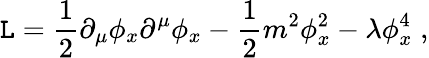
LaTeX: {\cal\mathtt{L}}={\frac{{1}}{{2}}}\partial_{\mu}\phi_{x}\partial^{\mu}\phi_{x}-{\frac{{1}}{{2}}}m^{2}\phi_{x}^{2}-\lambda\phi_{x}^{4}\; ,